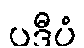
ပဒီပံ